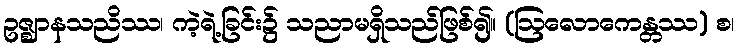
ဥဇ္ဈာနသညိဿ၊ ကဲ့ရဲ့ခြင်း၌ သညာမရှိသည်ဖြစ်၍။ (ဩလောကေန္တဿ) စ၊